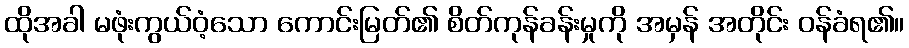
ထိုအခါ မဖုံးကွယ်ဝံ့သော ကောင်းမြတ်၏ စိတ်ကုန်ခန်းမှုကို အမှန် အတိုင်း ဝန်ခံရ၏။